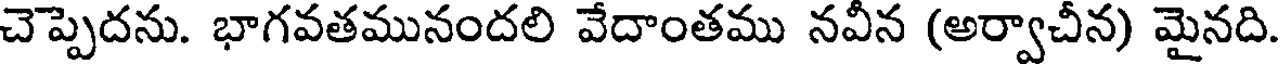
చెప్పెదను. భాగవతమునందలి వేదాంతము నవీన (అర్వాచీన) మైనది.